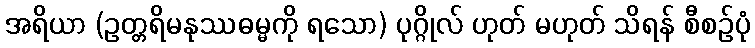
အရိယာ (ဥတ္တရိမနုဿဓမ္မကို ရသော) ပုဂ္ဂိုလ် ဟုတ် မဟုတ် သိရန် စီစဉ်ပုံ